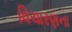
વિચારણના